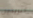
اتريدين